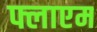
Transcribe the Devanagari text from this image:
फ्लाएम